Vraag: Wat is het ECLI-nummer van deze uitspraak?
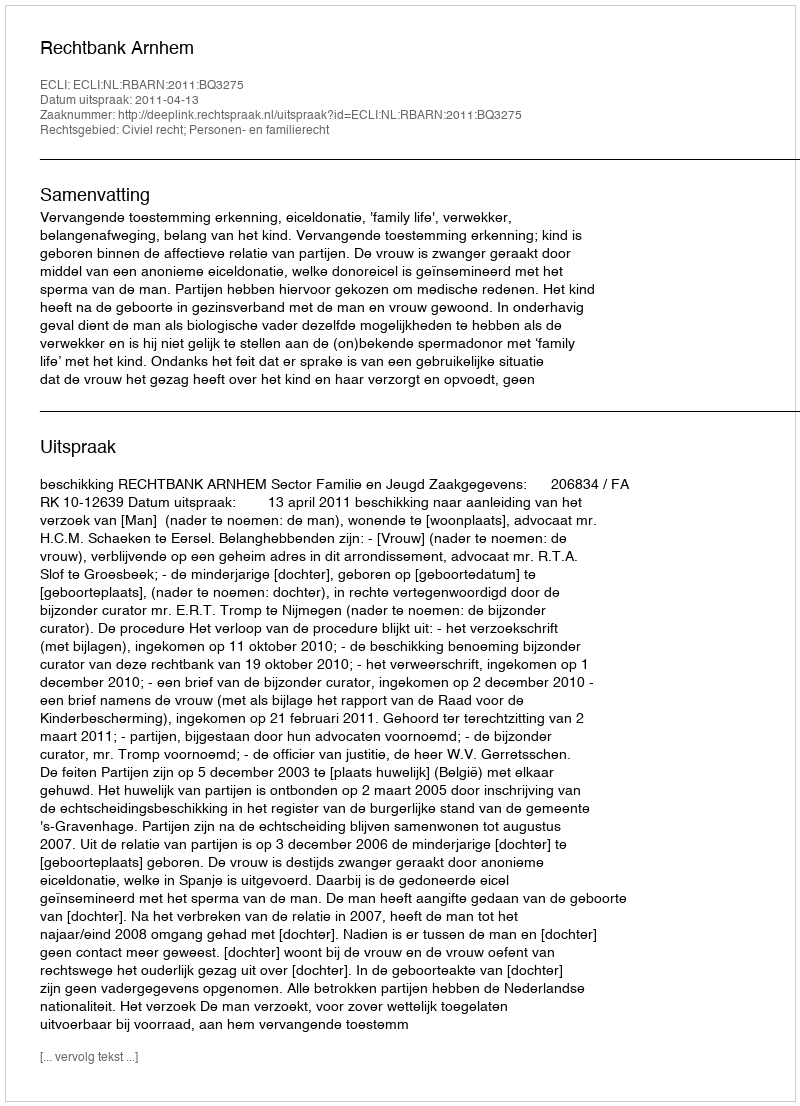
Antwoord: ECLI:NL:RBARN:2011:BQ3275